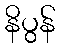
နိပွန်